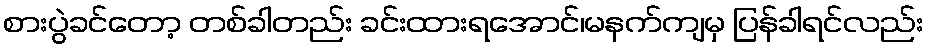
စားပွဲခင်တော့ တစ်ခါတည်း ခင်းထားရအောင်၊မနက်ကျမှ ပြန်ခါရင်လည်း